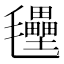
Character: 𭯭